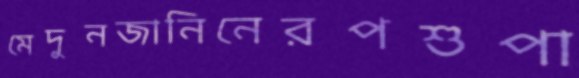
মেদুনজানিনেরপশুপা